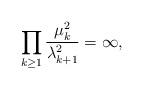
LaTeX: \begin{align*}\prod_{k\ge 1} \frac{\mu_k^2}{\lambda_{k+1}^2} = \infty, \end{align*}